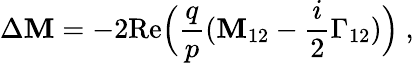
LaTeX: \Delta\mathbf{M}=-2\mathrm{{Re}}\Big(\frac{{q}}{{p}}(\mathbf{M}_{12}-\frac{{i}}{{2}}\Gamma_{12})\Big)~,